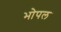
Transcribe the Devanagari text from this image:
भोपल